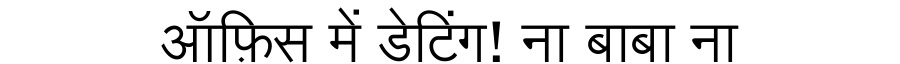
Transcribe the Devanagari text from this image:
ऑफ़िस में डेटिंग! ना बाबा ना